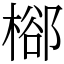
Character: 㮝